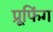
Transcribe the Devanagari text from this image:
प्रूफिंग